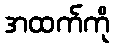
အထက်ကို